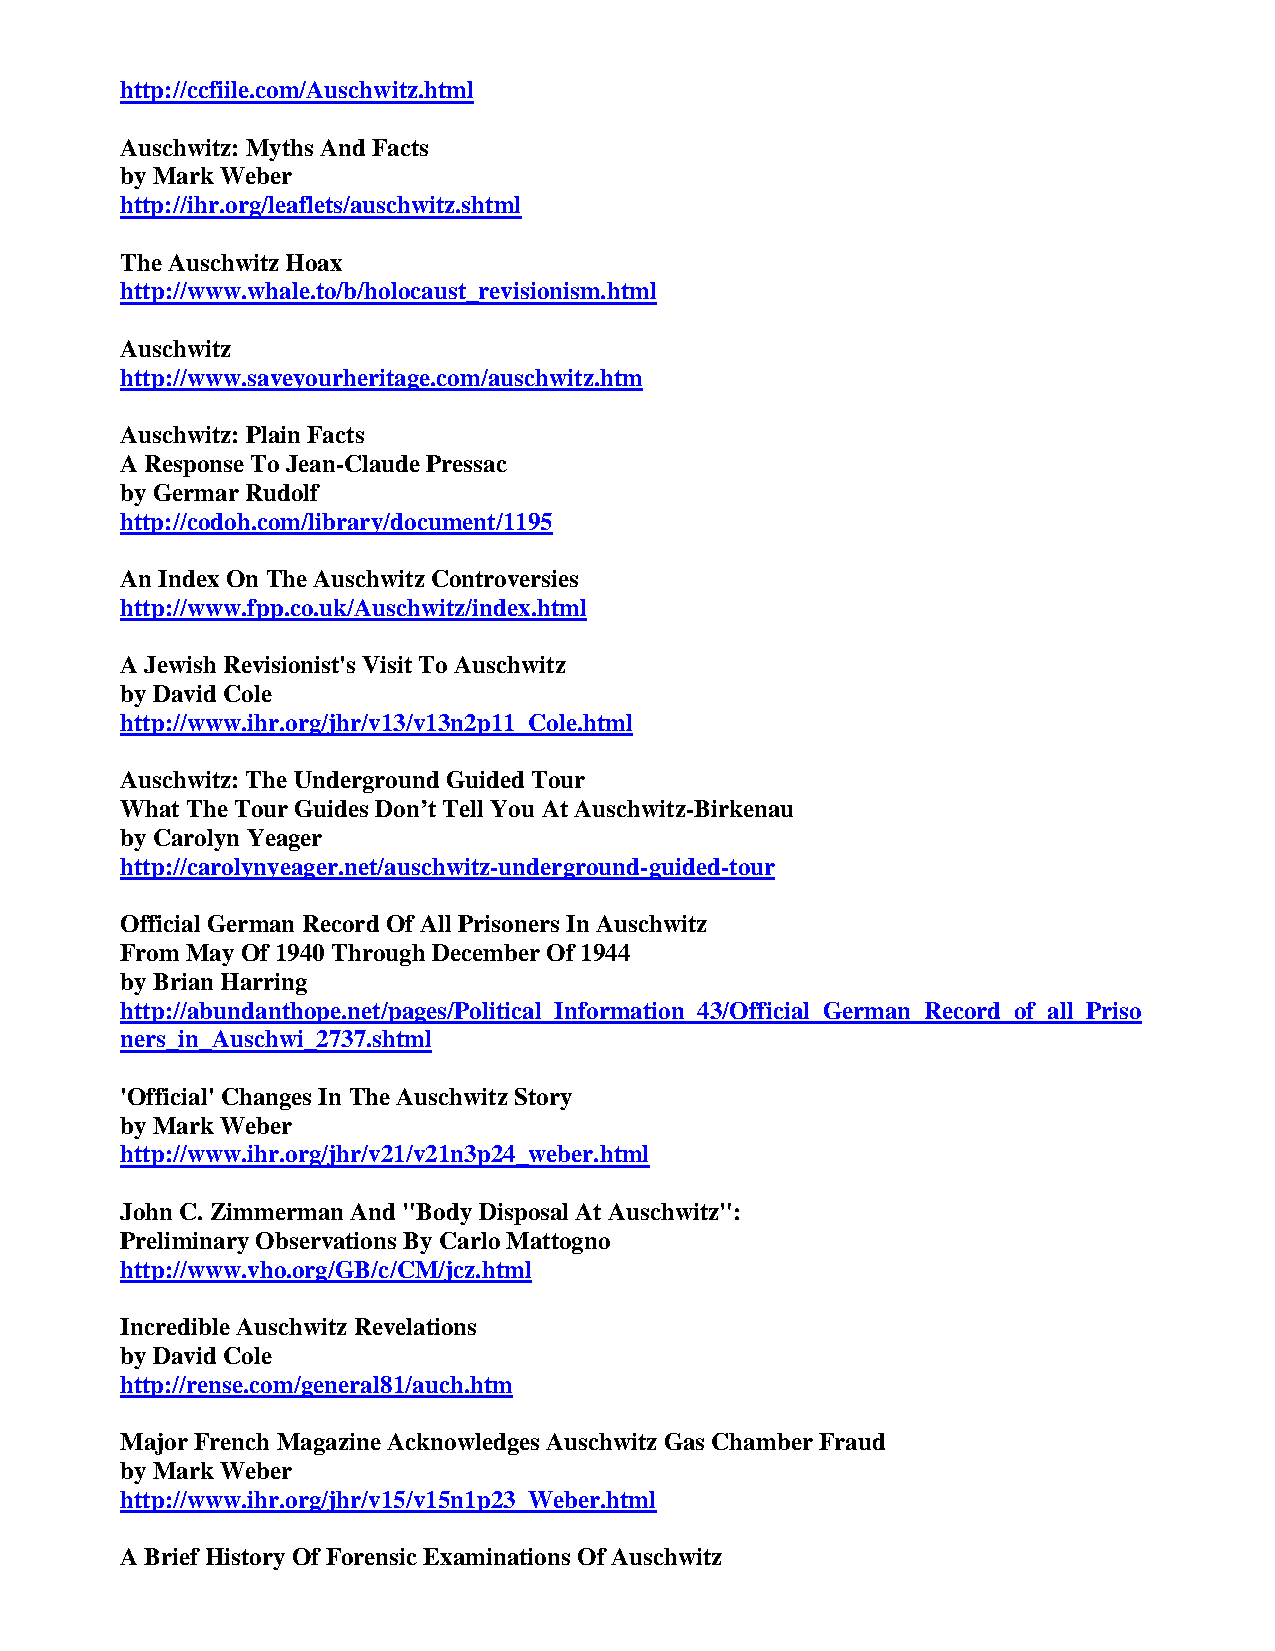
http://ccfiile.com/Auschwitz.html
 Auschwitz: Myths And Facts
 by Mark Weber
 http://ihr.org/leaflets/auschwitz.shtml
 The Auschwitz Hoax
 http://www.whale.to/b/holocaust_revisionism.html
 Auschwitz
 http://www.saveyourheritage.com/auschwitz.htm
 Auschwitz: Plain Facts
 A Response To Jean-Claude Pressac
 by Germar Rudolf
 http://codoh.com/library/document/1195
 An Index On The Auschwitz Controversies
 http://www.fpp.co.uk/Auschwitz/index.html
 A Jewish Revisionist's Visit To Auschwitz
 by David Cole
 http://www.ihr.org/jhr/v13/v13n2p11_Cole.html
 Auschwitz: The Underground Guided Tour
 What The Tour Guides Don’t Tell You At Auschwitz-Birkenau
 by Carolyn Yeager
 http://carolynyeager.net/auschwitz-underground-guided-tour
 Official German Record Of All Prisoners In Auschwitz
 From May Of 1940 Through December Of 1944
 by Brian Harring
 http://abundanthope.net/pages/Political_Information_43/Official_German_Record_of_all_Priso
 ners_in_Auschwi_2737.shtml
 'Official' Changes In The Auschwitz Story
 by Mark Weber
 http://www.ihr.org/jhr/v21/v21n3p24_weber.html
 John C. Zimmerman And "Body Disposal At Auschwitz":
 Preliminary Observations By Carlo Mattogno
 http://www.vho.org/GB/c/CM/jcz.html
 Incredible Auschwitz Revelations
 by David Cole
 http://rense.com/general81/auch.htm
 Major French Magazine Acknowledges Auschwitz Gas Chamber Fraud
 by Mark Weber
 http://www.ihr.org/jhr/v15/v15n1p23_Weber.html
 A Brief History Of Forensic Examinations Of Auschwitz